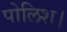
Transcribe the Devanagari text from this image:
पोलिश।